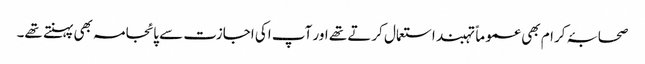
صحابۂ کرام بھی عموماً تہبند استعمال کرتے تھے اور آپ اکی اجازت سے پائجامہ بھی پہنتے تھے۔